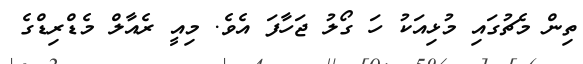
ތިން މެޗުގައި މުޅިއަކު ހަ ގޯލު ޖަހާފަ އެވެ. މިއީ ރެއާލް މެޑްރިޑްގެ